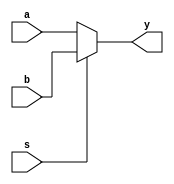
module mux2_1 (
input  [3:0]a,b,
input s,
output [3:0]y);
assign y=(s==0)?a:b;
endmodule


module muxx8x1 (
input [3:0]a,b,c,d,e,f,g,h,
input [2:0]s,
output [3:0]y);
wire [3:0]y1,y2,y3,y4,y5,y6,y7;
mux2_1 m1(a,b,s[0],y1);
mux2_1 m2(c,d,s[0],y2);
mux2_1 m3(e,f,s[0],y3);
mux2_1 m4(g,h,s[0],y4);
mux2_1 m5(y1,y2,s[1],y5);
mux2_1 m6(y3,y4,s[1],y6);
mux2_1 m7(y5,y6,s[2],y);

endmodule